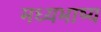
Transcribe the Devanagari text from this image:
मध्यभाष्य